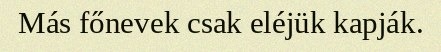
Más főnevek csak eléjük kapják.